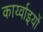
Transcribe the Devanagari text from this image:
कार्य्वाइयों